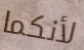
لأنكما